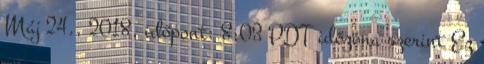
Máj 24., 2018, időpont: 8:03 PDT időzóna szerint Ez